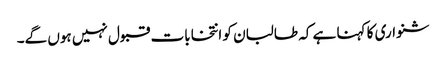
شنواری کا کہنا ہے کہ طالبان کو انتخابات قبول نہیں ہوں گے۔